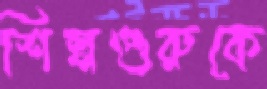
শিল্পগুরুকে